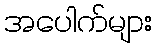
အပေါက်များ